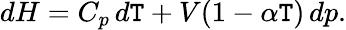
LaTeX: dH=C_{p}\, d\mathtt{T}+V(1-\alpha\mathtt{T})\, dp.